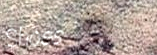
Shoes